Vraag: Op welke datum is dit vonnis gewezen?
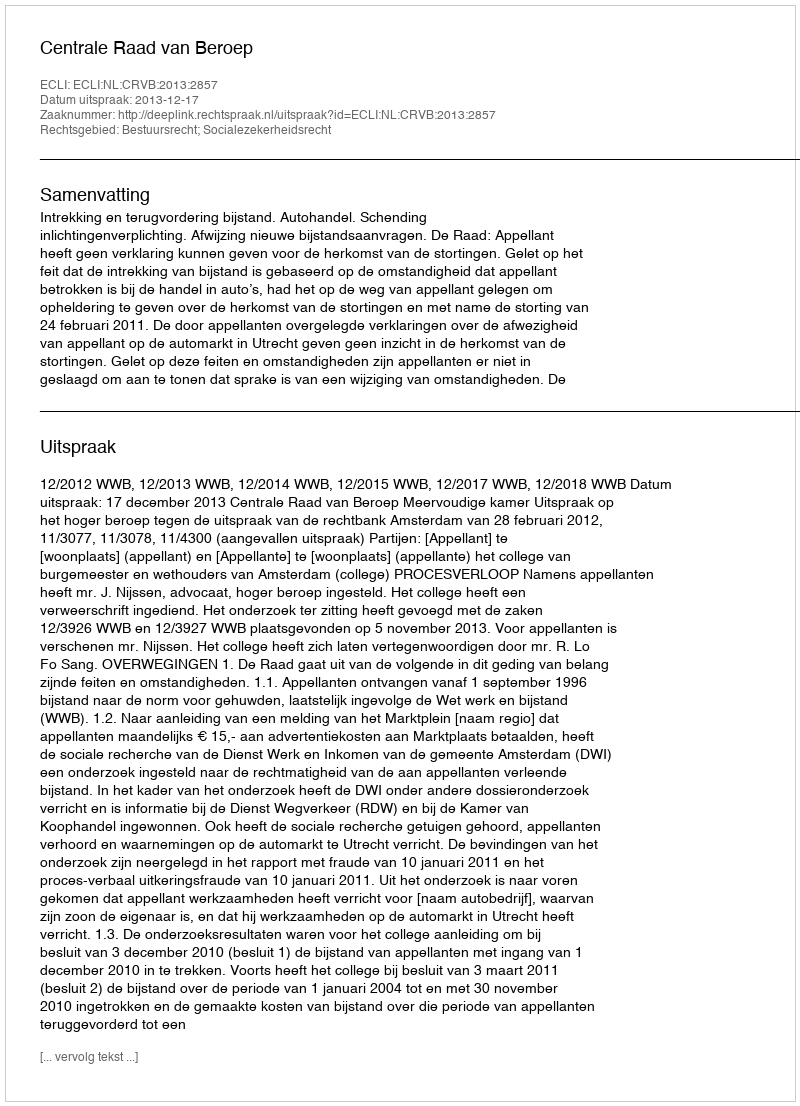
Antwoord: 2013-12-17